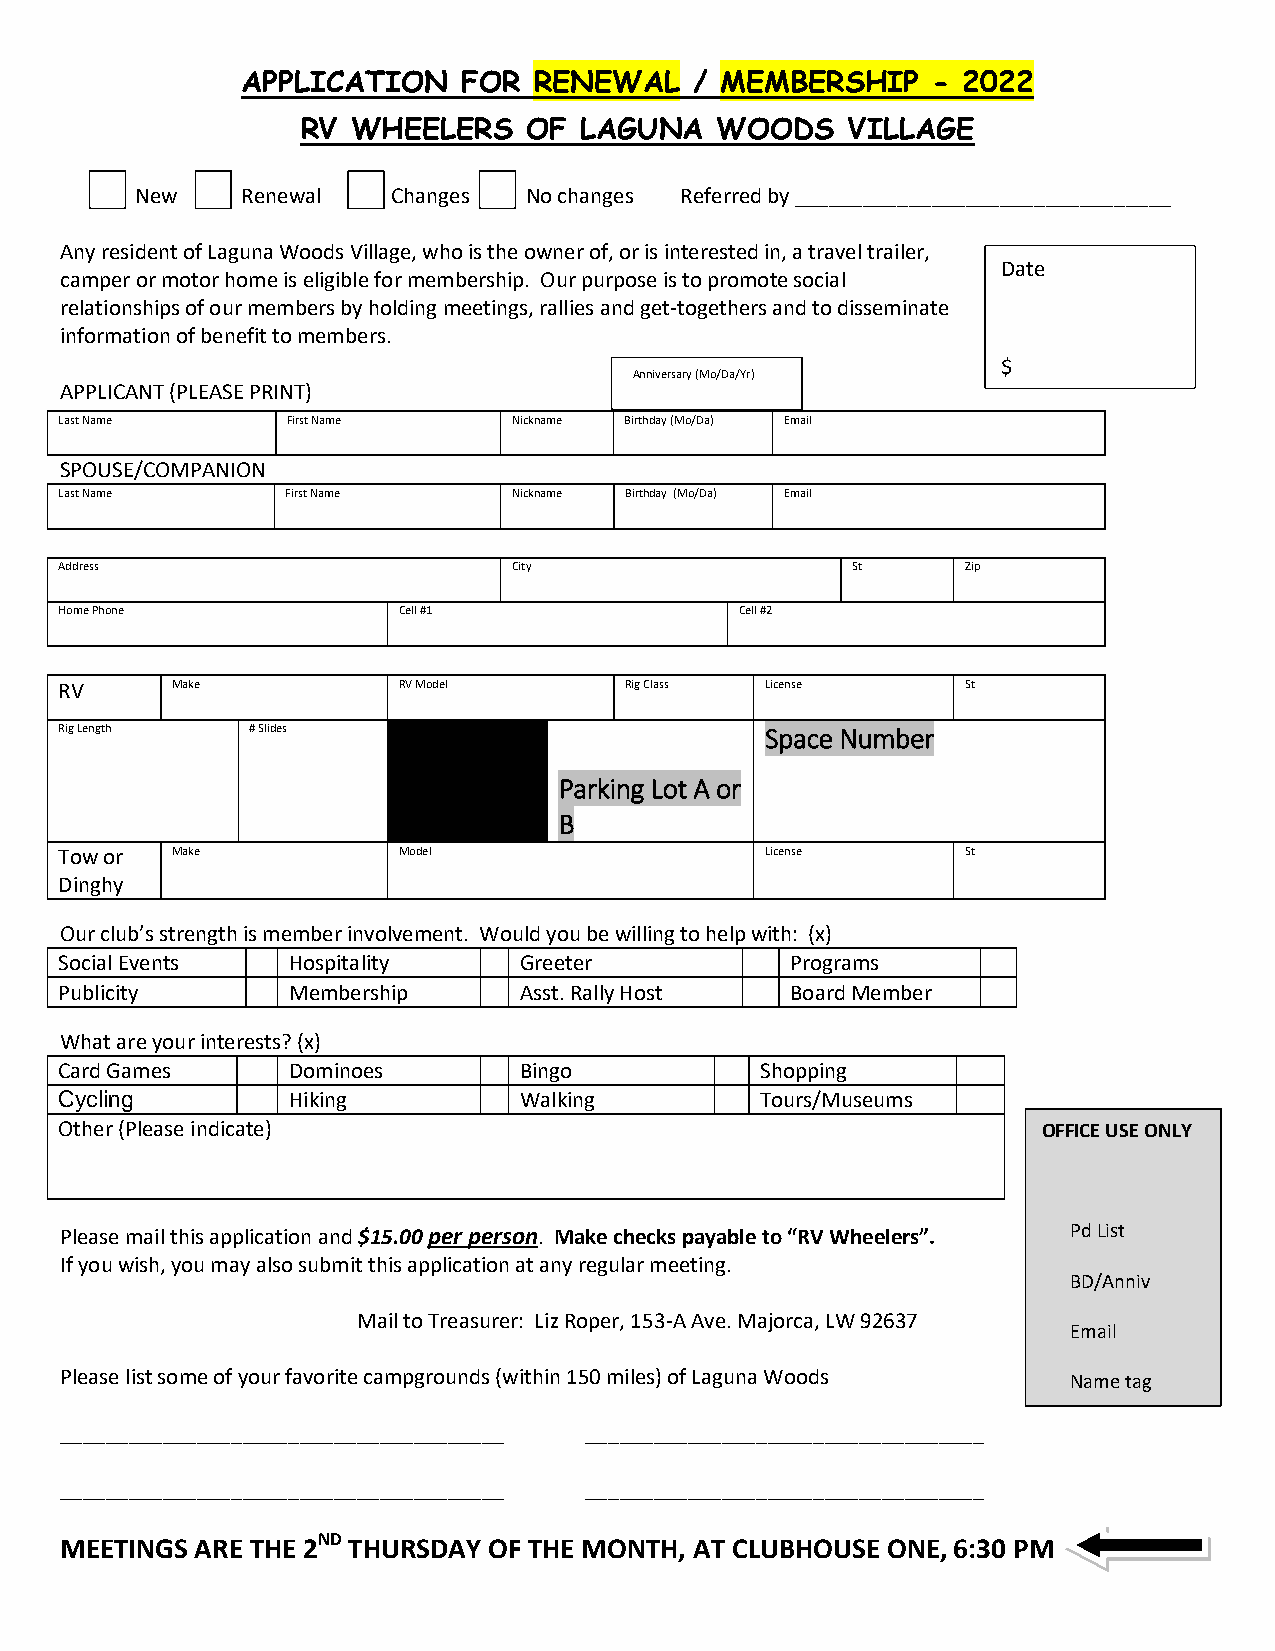
APPLICATION    FOR RENEWAL    / MEMBERSHIP    - 2022
 RV WHEELERS    OF LAGUNA   WOODS    VILLAGE
 New    Renewal   Changes  No changes Referred by _________________________________
 Any resident of Laguna Woods Village, who is the owner of, or is interested in, a travel trailer,
 Date
 camper or motor home is eligible for membership. Our purpose is to promote social
 relationships of our members by holding meetings, rallies and get-togethers and to disseminate
 information of benefit to members.
 $
 Anniversary (Mo/Da/Yr)
 APPLICANT (PLEASE PRINT)
 Last Name      First Name     Nickname Birthday (Mo/Da) Email
 #
 SPOUSE/COMPANION
 Last Name      First Name     Nickname Birthday (Mo/Da) Email
 Address                       City                  St      Zip
 Home Phone            Cell #1                Cell #2
 RV     Make           RV Model       Rig Class License      St
 Rig Length   # Slides                          Space Number
 Parking Lot A or
 B
 Tow or Make           Model                    License      St
 Dinghy
 Our club’s strength is member involvement. Would you be willing to help with: (x)
 Social Events  Hospitality    Greeter           Programs
 Publicity      Membership     Asst. Rally Host  Board Member
 What are your interests? (x)
 Card Games     Dominoes       Bingo           Shopping
 Cycling        Hiking         Walking         Tours/Museums
 Other (Please indicate)                                          OFFICE USE ONLY
 Please mail this application and $15.00 per person. Make checks payable to “RV Wheelers”. Pd List
 If you wish, you may also submit this application at any regular meeting.
 BD/Anniv
 Mail to Treasurer: Liz Roper, 153-A Ave. Majorca, LW 92637
 Email
 Please list some of your favorite campgrounds (within 150 miles) of Laguna Woods Name tag
 _______________________________________ ___________________________________ Dir
 _______________________________________ ___________________________________ News
 Sent news
 MEETINGS ARE THE 2ND THURSDAY OF THE MONTH, AT CLUBHOUSE ONE, 6:30 PM